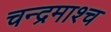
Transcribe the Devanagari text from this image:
चन्द्रमाश्च